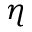
\eta